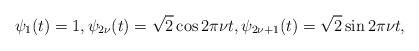
LaTeX: \begin{align*}\psi_1(t)=1, \psi_{2\nu}(t) = \sqrt{2}\cos 2\pi\nu t, \psi_{2\nu+1}(t) = \sqrt{2}\sin 2\pi\nu t,\end{align*}